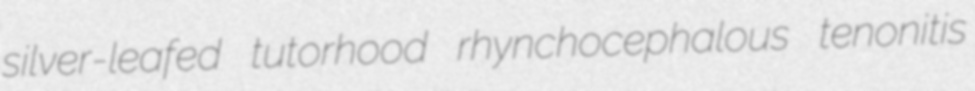
silver-leafed tutorhood rhynchocephalous tenonitis